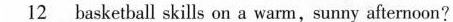
\underline{12} basketball skills on a warm,sunny afternoon?